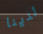
لدينا